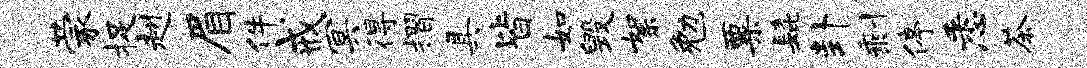
蒙捉赳眉件戒冥得摺具皆如毁絮勉粟髭卦剩停悉茶